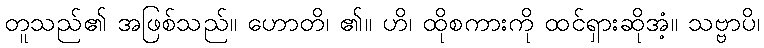
တူသည်၏ အဖြစ်သည်။ ဟောတိ၊ ၏။ ဟိ၊ ထိုစကားကို ထင်ရှားဆိုအံ့။ သဗ္ဗာပိ၊